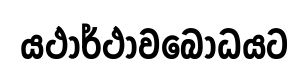
යථාර්ථාවබෝධයට